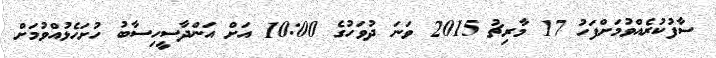
ސާފުކުރެއްވުމަށްފަހު 17 މާރިޗު 2015 ވަނަ ދުވަހުގެ 10:00 އަށް އަންދާސީހިސާބު ހުށަހެޅުއްވުމަށް